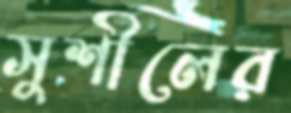
সুশীলের